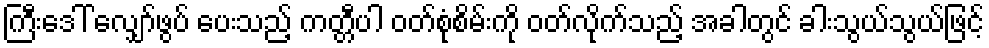
ကြီးဒေါ် လျှော်ဖွပ် ပေးသည့် ကတ္တီပါ ဝတ်စုံစိမ်းကို ဝတ်လိုက်သည့် အခါတွင် ခါးသွယ်သွယ်ဖြင့်